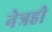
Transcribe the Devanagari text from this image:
नेत्रही